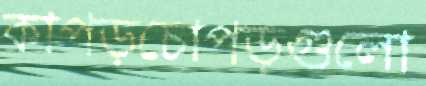
কাপড়চোপড়গুলো